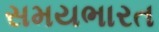
સમયભારત